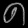
Digit: ၈